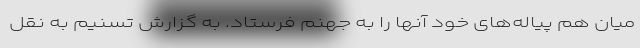
میان هم پیاله‌های خود آنها را به جهنم فرستاد. به گزارش تسنیم به نقل